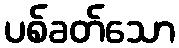
ပစ်ခတ်သော